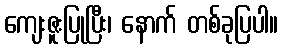
ကျေးဇူးပြုပြီး၊ နောက် တစ်ခုပြပါ။